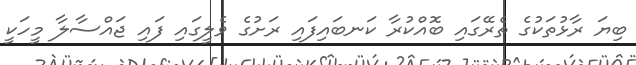
ބިޔަ ރާޅުތަކުގެ ތެރޭގައި ބޮއްކުރާ ކަނބައިފައި ރަށުގެ ވެލީގައި ފައި ޖައްސާލާ މީހަކީ